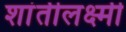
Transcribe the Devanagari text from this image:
शांतीलक्ष्मी